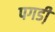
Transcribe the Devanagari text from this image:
पगडी़